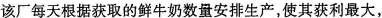
该厂每天根据获取的鲜牛奶数量安排生产，使其获利最大，